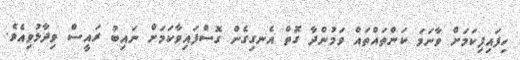
ހިފައިފިކަމަށް ވާނަމަ ކަންތައްތައް ވަމުންދާ ގޮތް އެނގިގެން ގޮސްފައިވާކަމަށް ނައިބު ރައީސް ވިދާޅުވިއެވެ.